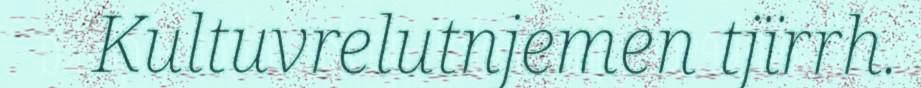
Kultuvrelutnjemen tjïrrh.